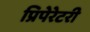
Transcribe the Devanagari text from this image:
प्रिपेरेटरी